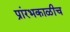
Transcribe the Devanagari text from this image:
प्रांरभकाळीच